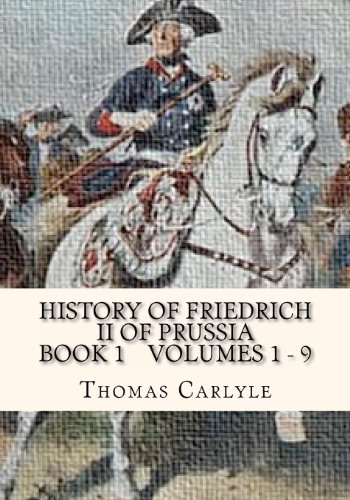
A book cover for History Of Friedrich II of Prussia Volumes 1 - 9: Frederick the Great; Thomas Carlyle; Biographies & Memoirs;